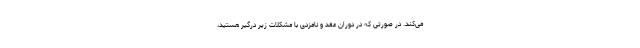
می‌کند. در صورتی که در دوران عقد و نامزدی با مشکلات زیر درگیر هستید،